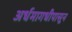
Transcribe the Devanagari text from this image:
अर्धमागधीपासून